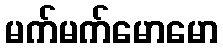
မက်မက်မောမော